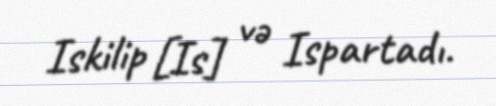
Iskilip [Is] və Ispartadı.